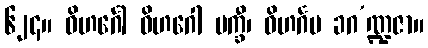
၆၂၄။ ဝိဟင်္ဂေါ ဝိဟဂေါ ပက္ခီ၊ ဝိဟင်္ဂမ ခဂ’ဏ္ဍဇာ။